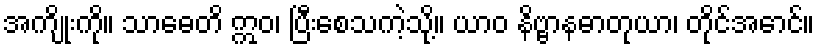
အကျိုးကို။ သာဓေတိ ဣဝ၊ ပြီးစေသကဲ့သို့။ ယာဝ နိဗ္ဗာနဓာတုယာ၊ တိုင်အောင်။